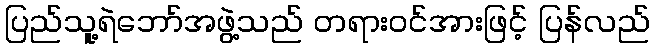
ပြည်သူ့ရဲဘော်အဖွဲ့သည် တရားဝင်အားဖြင့် ပြန်လည်